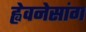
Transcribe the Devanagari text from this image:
ह्वेवनेसांग